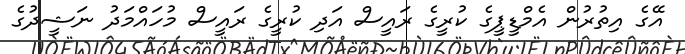
އޭގެ އިތުރުން އެމްޑީޕީގެ ކުރީގެ ރައީސް އަދި ކުރީގެ ރައީސް މުހައްމަދު ނަޝީދުގެ